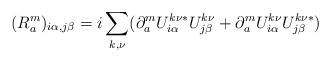
\begin{align*}(R^m_a)_{i\alpha,j\beta} = i \sum_{k,\nu} (\partial^m_a U^{k\nu\ast}_{i\alpha} U^{k\nu}_{j\beta} + \partial^m_a U^{k\nu}_{i\alpha} U^{k\nu\ast}_{j\beta})\end{align*}